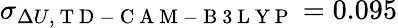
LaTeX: \sigma_{\Delta U,\mathrm{~T~D~-~C~A~M~-~B~3~L~Y~P~}}=0.095